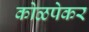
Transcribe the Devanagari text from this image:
कोळपेकर